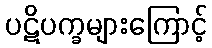
ပဋိပက္ခများကြောင့်